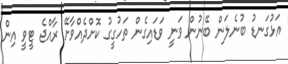
އަޅުގަނޑު ބުނެލަން ބޭނުން ވަނީ ވަޑައިގެން ތަހުގީގު ކޮށްދެއްވާށޭ ރާއްޖެ ޓީވީ އިން